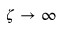
\zeta \to \infty